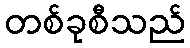
တစ်ခုစီသည်